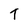
Character: t